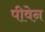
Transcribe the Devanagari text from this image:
पीवेन